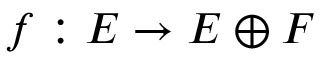
f : E \to E \oplus F